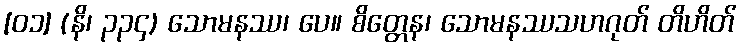
[၀၁] (နိ၊ ၃၃၄) သောမနဿ၊ ပေ။ စိတ္တေန၊ သောမနဿသဟဂုတ် တိဟိတ်